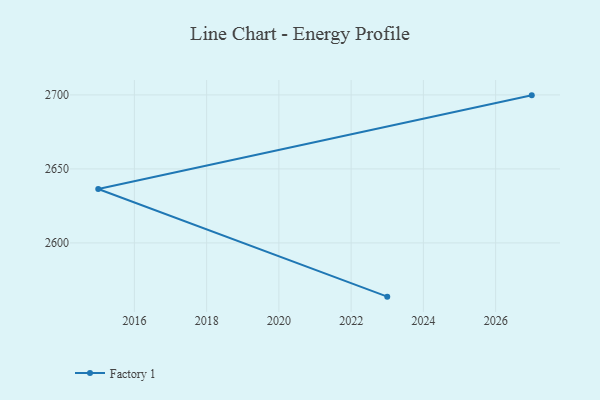
{"axis": {"x": "Year", "y": "LTV (USD)"}, "legend": ["Factory 1"], "data": [{"x": "2027", "y": 2699.7, "type": "Factory 1"}, {"x": "2015", "y": 2636.4, "type": "Factory 1"}, {"x": "2023", "y": 2563.7, "type": "Factory 1"}]}